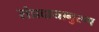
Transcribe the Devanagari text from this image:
संप्रदायानुरूप